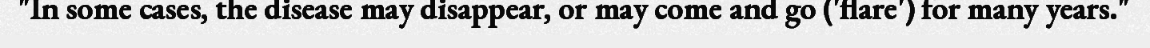
"In some cases, the disease may disappear, or may come and go ('flare') for many years."